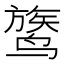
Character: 𬸦